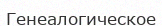
Генеалогическое